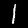
Digit: 1